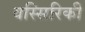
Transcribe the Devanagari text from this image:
वस्सिरिकी